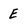
Character: E